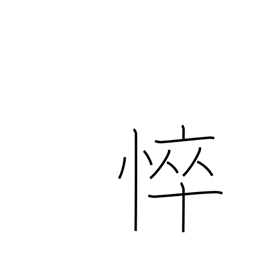
Meaning: becoming emaciated